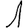
Digit: 1